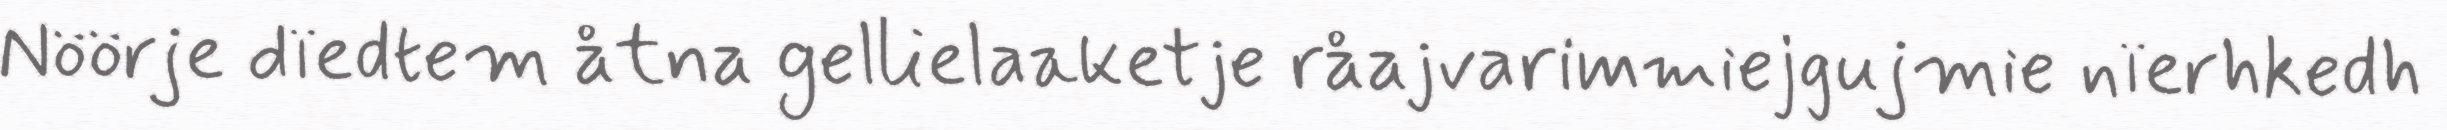
Nöörje dïedtem åtna gellielaaketje råajvarimmiejgujmie nïerhkedh